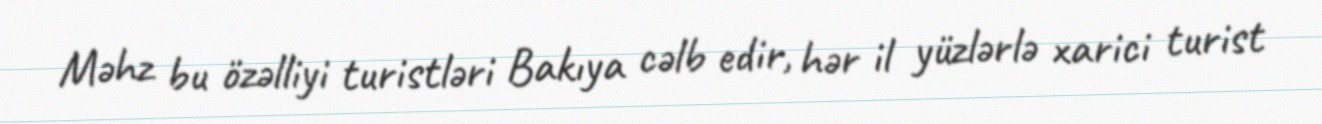
Məhz bu özəlliyi turistləri Bakıya cəlb edir, hər il yüzlərlə xarici turist